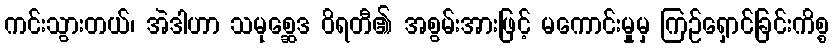
ကင်းသွားတယ်၊ အဲဒါဟာ သမုစ္ဆေဒ ဝိရတီ၏ အစွမ်းအားဖြင့် မကောင်းမှုမှ ကြဉ်ရှောင်ခြင်းကိစ္စ